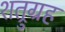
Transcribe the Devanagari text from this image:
शत्रुग्रह